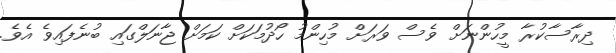
ދިރާސާކުރާ މީހުންނަށް ވެސް ވަރަށް މުހިންމު ހޯދުމަކަށް ކަމަށް ޖާނަލްގައި ބުނެފައިވެ އެވެ.